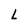
Character: L